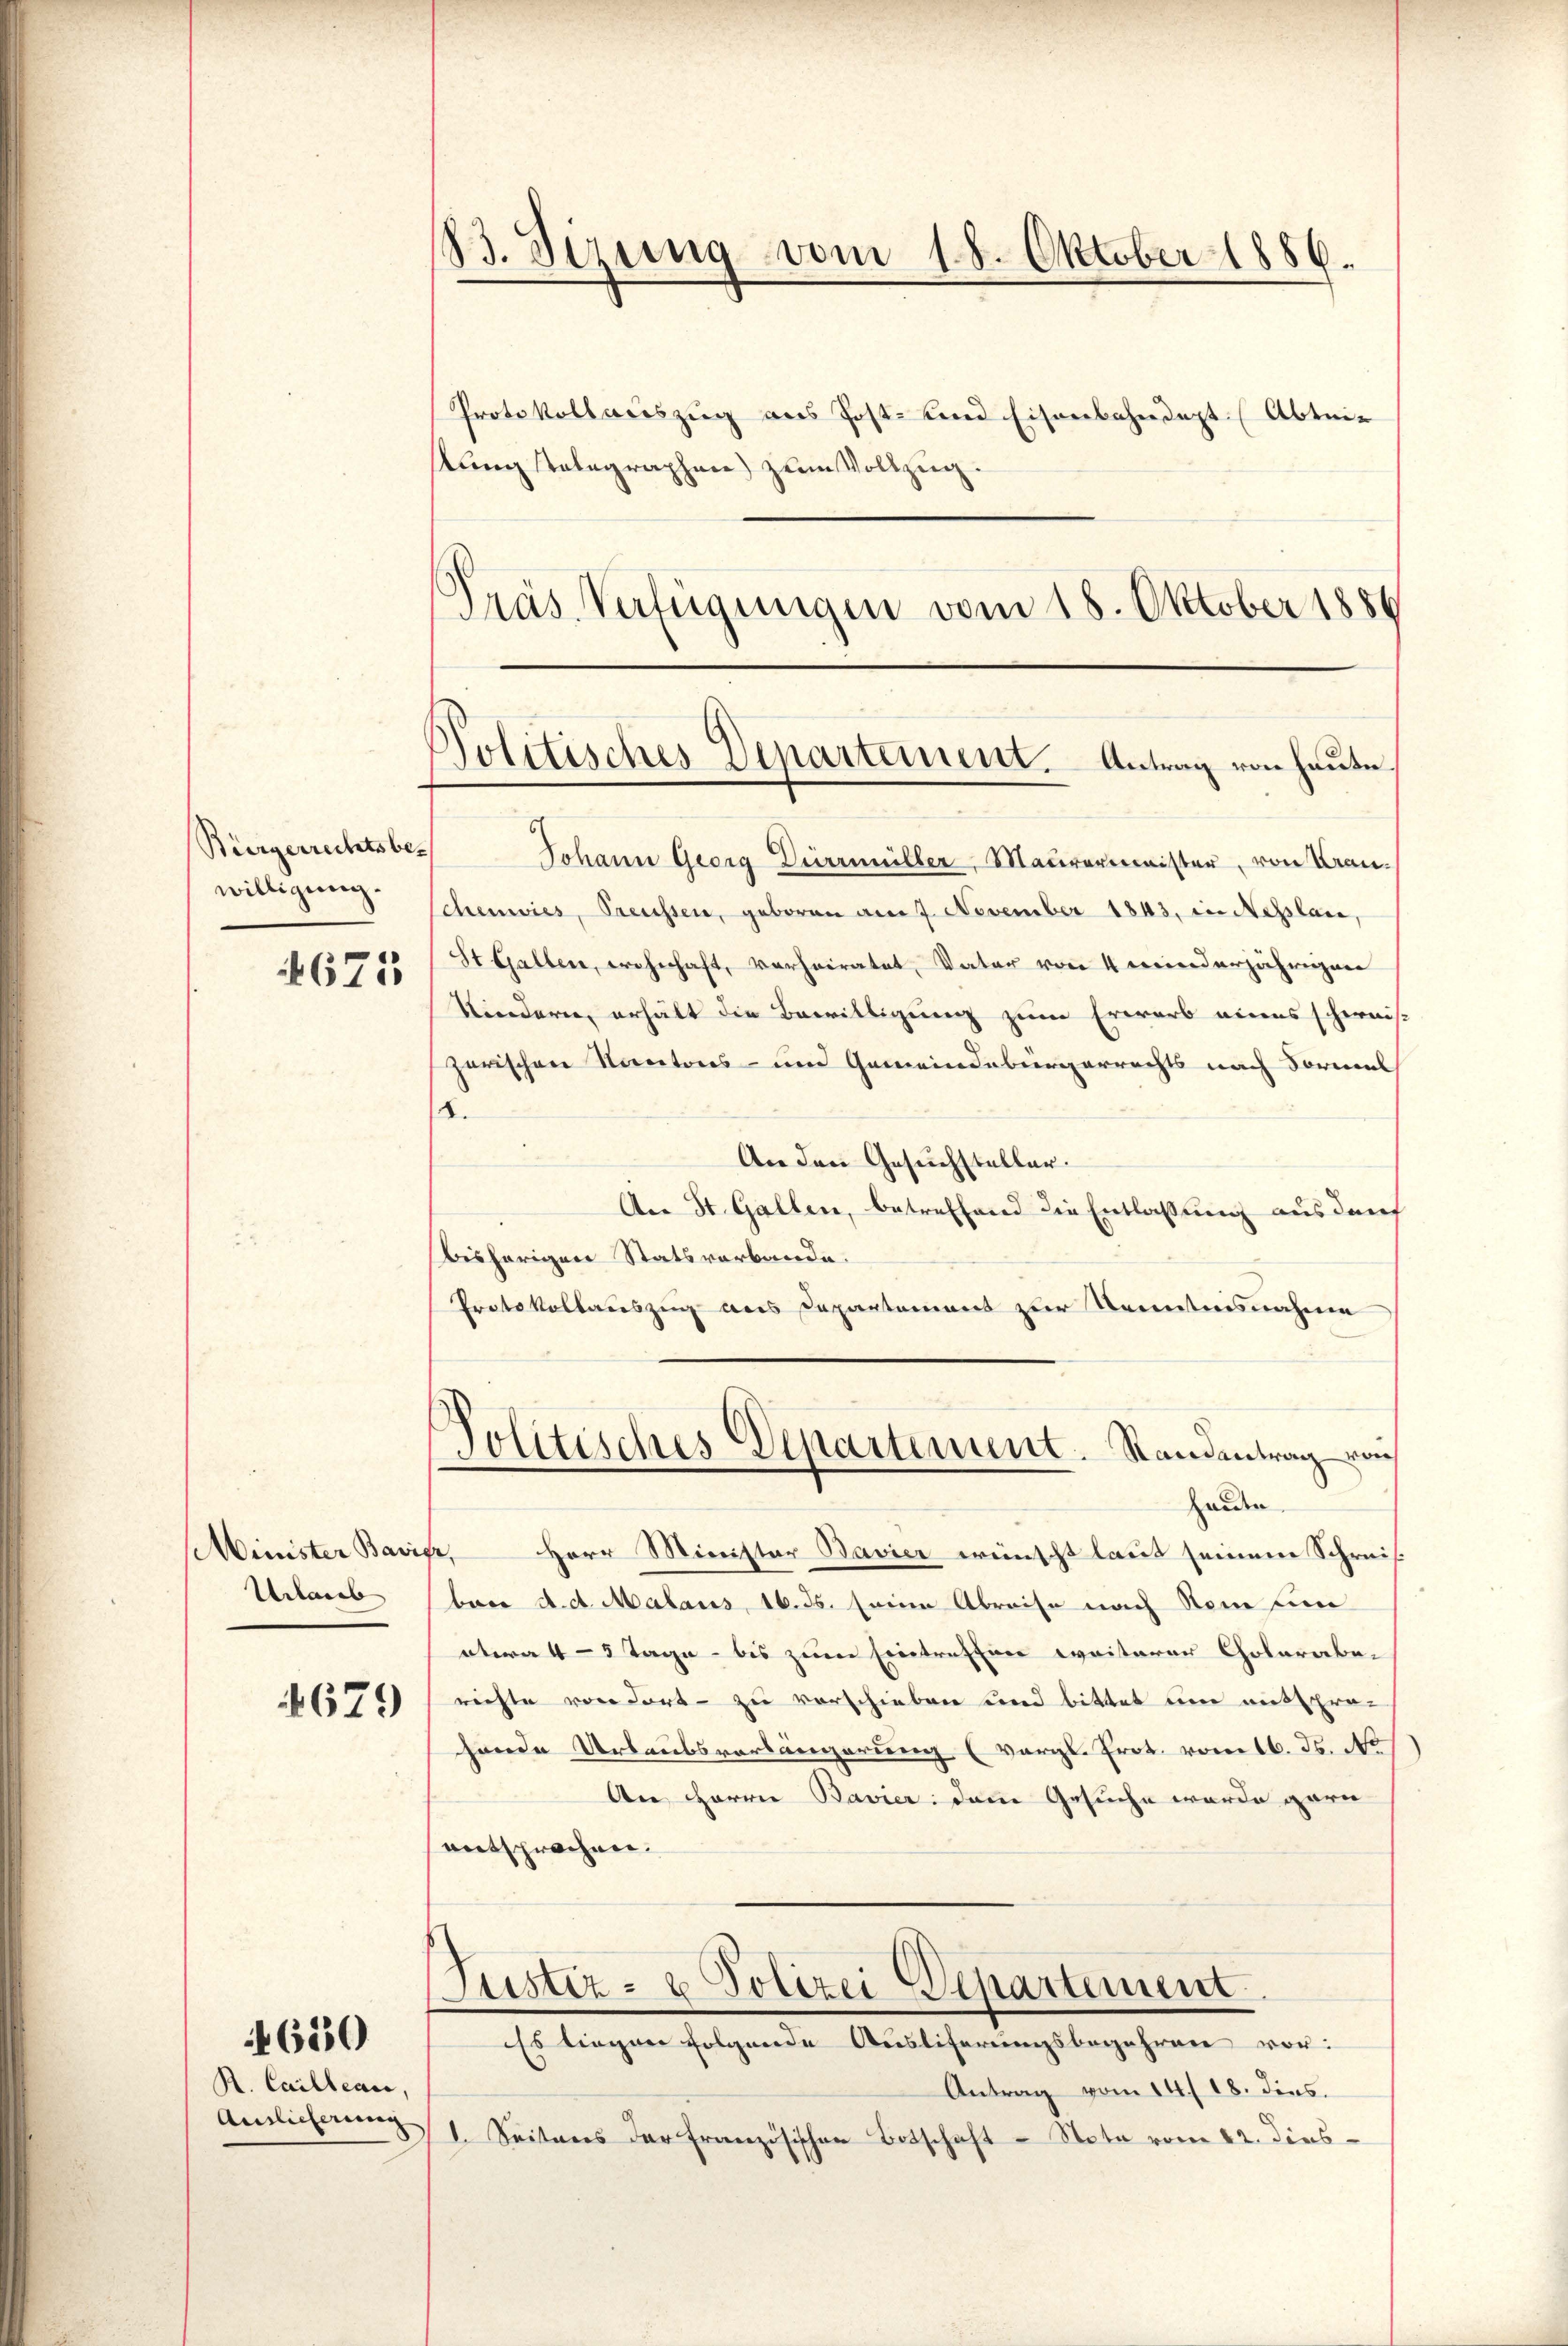
Bürgerrechtsbewilligung.
4675

Urlaub

4679

4650

R. Cailleare,
Auslieferung

B. Sizung vom 18. Oktober 1886.

stung stelegraphen) zum Vollzug.
Präs. Verfügungen vom 18. Oktober 1886

Protokollauszug aus Post- und Eisenbahndept. (Abtei

Jolitisches Departement. Antrag von heute.

Politisches Departement. Standentrag von

Johann Georg Diermüller, Maurermeister, von Kranchenwies, Preussen, geboren am 7. November 1843, in Neplan,
St Gallen, wohnhaft, verheiratet, Vater von 4 meinderjährigen
Kindern, erhält die Bewilligung zum Erwarb eines schweis-
zerischen Kantons- und Gemeindebürgerrechts nach Formel
.
An den Gesuchsteller.
An St. Gallen, betreffend die Entlassung aus darf
bisherigen Statsverbande.
Protokollauszug aus Departement zur Kenntnisnahmen
Heiden.
Minister Bavier, Herr Minister Bavier wünscht laut seinem Schreisbar a. d. Malans, 16. ds. seine Abreise nach Name um
etwa 4-5 Tage - bis zum Eintreffen weiterer Cholarabe-
richte von dort - zu verschieben und bittet um mit pro-
hende Urlaubsverlängerung (vergl. Prot. vom 16. Js. No
An Herrn Bavier dem Gesuche wurde garn
entsprochen.
Justiz- u. Polizei Departement.
Es liegen folgende Ausliterungsbegehren vor:
Antrag vom 14./18. dies
1. Seiteres der Französischen Botschaft - Nota vom 22. dies¬